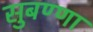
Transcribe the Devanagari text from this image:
सुबण्णा